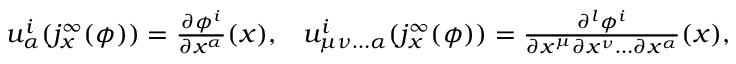
\begin{array} { r l r } & { u _ { \alpha } ^ { i } ( j _ { x } ^ { \infty } ( \phi ) ) = \frac { \partial \phi ^ { i } } { \partial x ^ { \alpha } } ( x ) , } & { u _ { \mu \nu \ldots \alpha } ^ { i } ( j _ { x } ^ { \infty } ( \phi ) ) = \frac { \partial ^ { l } \phi ^ { i } } { \partial x ^ { \mu } \partial x ^ { \nu } \ldots \partial x ^ { \alpha } } ( x ) , } \end{array}